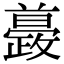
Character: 𣀚